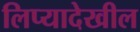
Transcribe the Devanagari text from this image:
लिप्यादेखील